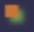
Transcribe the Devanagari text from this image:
ॱ